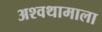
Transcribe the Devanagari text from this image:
अश्वथामाला